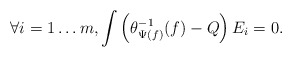
\begin{align*} \forall i=1\ldots m,\int \left(\theta^{-1}_{\Psi(f)}(f)-Q\right)E_i=0. \end{align*}